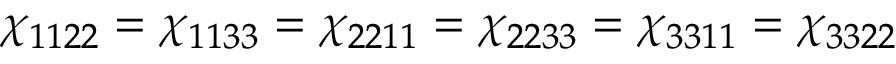
\chi _ { 1 1 2 2 } = \chi _ { 1 1 3 3 } = \chi _ { 2 2 1 1 } = \chi _ { 2 2 3 3 } = \chi _ { 3 3 1 1 } = \chi _ { 3 3 2 2 }